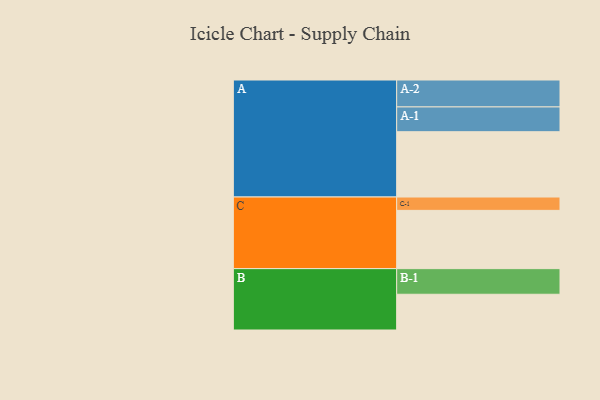
{"axis": {"x": "Segment", "y": "Value"}, "legend": ["", "A", "B", "C"], "data": [{"x": "A", "y": 548, "type": ""}, {"x": "B", "y": 300, "type": ""}, {"x": "C", "y": 489, "type": ""}, {"x": "A-1", "y": 208, "type": "A"}, {"x": "A-2", "y": 226, "type": "A"}, {"x": "B-1", "y": 215, "type": "B"}, {"x": "C-1", "y": 112, "type": "C"}]}